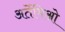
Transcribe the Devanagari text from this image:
अर्तेमिओ